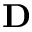
\mathbf { D }